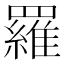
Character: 羅